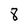
Character: 8